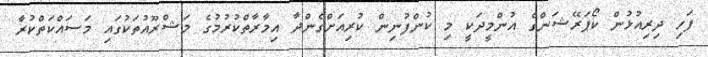
ފަހި ދިރިއުޅުން ކޯޕަރޭޝަންގެ އުންމީދަކީ މި ކުންފުނިން ކުރިއަށްގެންދާ އިމާރާތްކުރުމުގެ މަޝްރޫއުތަކުގައި މަސައްކަތްކުރާ